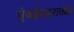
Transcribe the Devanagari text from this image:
मुंबईशहरातील